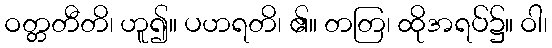
ဝတ္တတီတိ၊ ဟူ၍။ ပဟရတိ၊ ၏။ တတြ၊ ထိုအရပ်၌။ ဝါ၊